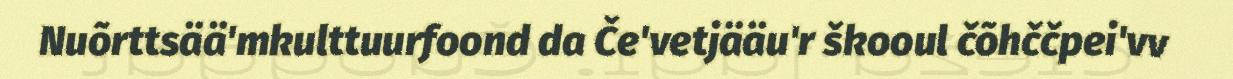
Nuõrttsää'mkulttuurfoond da Če'vetjääu'r škooul čõhččpei'vv